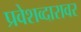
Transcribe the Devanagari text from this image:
प्रवेशव्दारावर